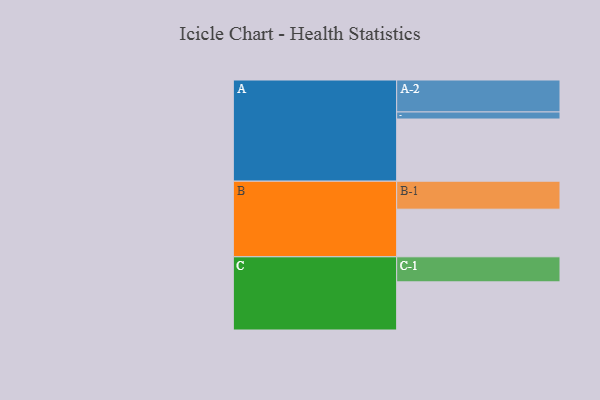
{"axis": {"x": "Segment", "y": "Value"}, "legend": ["", "A", "B", "C"], "data": [{"x": "A", "y": 564, "type": ""}, {"x": "B", "y": 432, "type": ""}, {"x": "C", "y": 437, "type": ""}, {"x": "A-1", "y": 64, "type": "A"}, {"x": "A-2", "y": 290, "type": "A"}, {"x": "B-1", "y": 254, "type": "B"}, {"x": "C-1", "y": 227, "type": "C"}]}